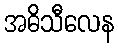
အဓိသီလေန